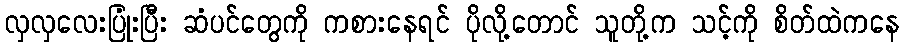
လှလှလေးပြုံးပြီး ဆံပင်တွေကို ကစားနေရင် ပိုလို့တောင် သူတို့က သင့်ကို စိတ်ထဲကနေ